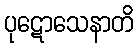
ပုဋောသေနာတိ